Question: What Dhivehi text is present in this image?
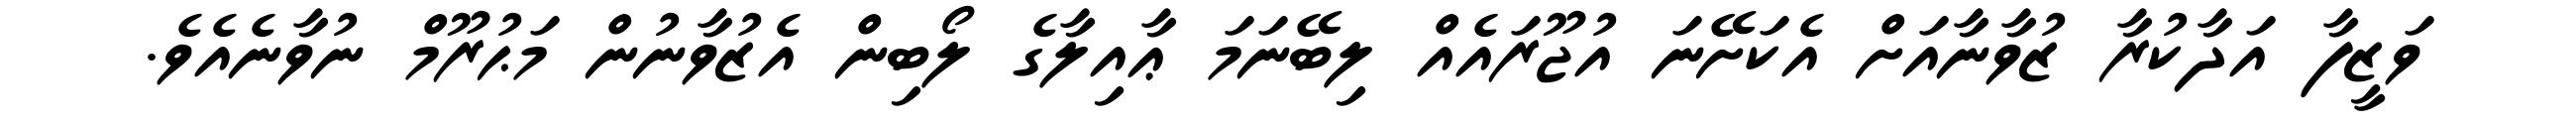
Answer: ވަޒީފާ އަދާކުރާ ޒުވާނާއަށް އެކަށޭނަ އުޖޫރައެއް ލިބޭނަމަ ޢާއިލާގެ ލޯބިން އެޒުވާނުން މަޙުރޫމް ނުވާނެއެވެ.